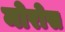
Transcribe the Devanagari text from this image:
मोरोस